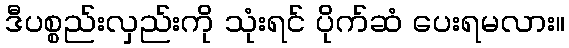
ဒီပစ္စည်းလှည်းကို သုံးရင် ပိုက်ဆံ ပေးရမလား။